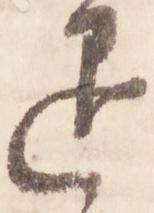
退